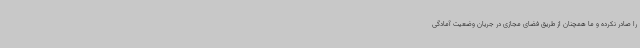
را صادر نکرده و ما همچنان از طریق فضای مجازی در جریان وضعیت آمادگی